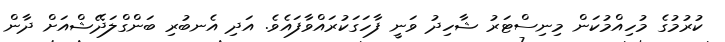
ކުރުމުގެ މުހިއްމުކަން މިނިސްޓަރު ޝާހިދު ވަނީ ފާހަގަކުރައްވާފައެވެ. އަދި އެނބުރި ބަންގްލަދޭޝްއަށް ދާން